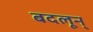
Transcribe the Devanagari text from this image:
बदलून्